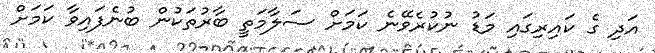
އަދި ގެ ކައިރިގައި މަޑު ނުކުރެވޭނެ ކަމަށް ސަލާމަތީ ބާރުތަކުން ބުނެފައިވާ ކަމަށް